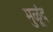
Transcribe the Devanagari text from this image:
मुळूंद